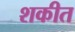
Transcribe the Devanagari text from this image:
शकीत